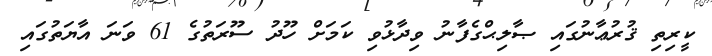
ކީރިތި ޤުރުޢާނުގައި ޞާލިޙްގެފާނު ވިދާޅުވި ކަމަށް ހޫދު ސޫރަތުގެ 61 ވަނަ އާޔަތުގައި